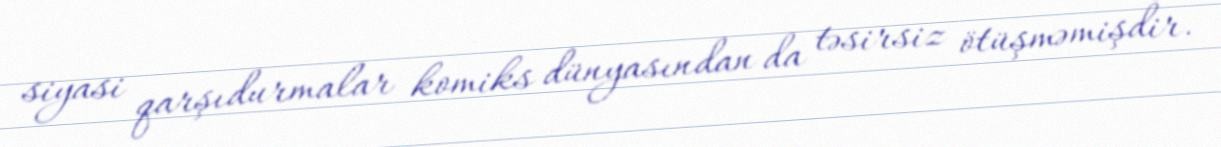
siyasi qarşıdurmalar komiks dünyasından da təsirsiz ötüşməmişdir.